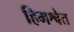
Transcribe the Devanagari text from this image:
हिमश्वेत